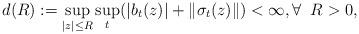
LaTeX: \begin{align*}d(R):=\sup_{|z|\le R} \sup_{t}(|b_t(z)| + \|\sigma_t(z)\|)<\infty, \forall \;\; R>0,\end{align*}